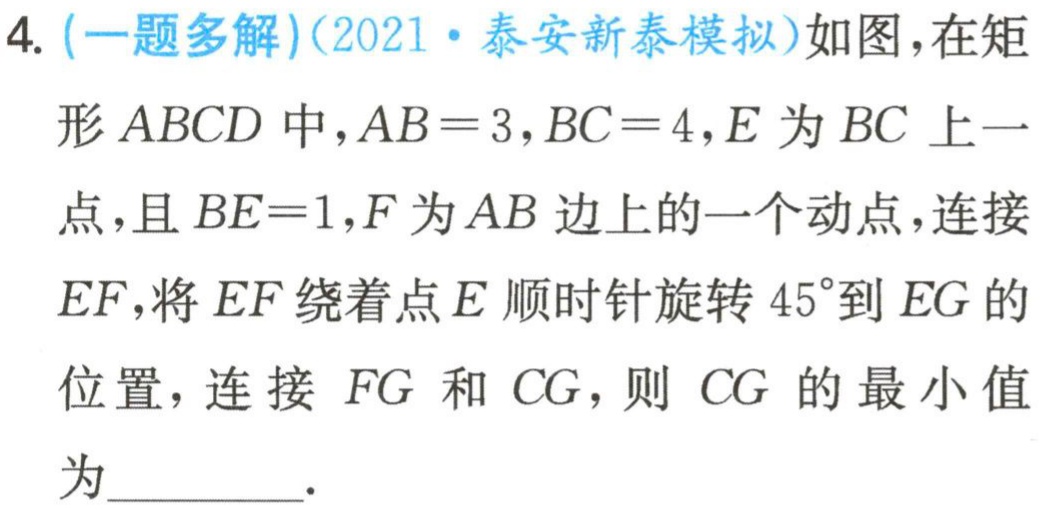
4. (一题多解)(2021·泰安新泰模拟)如图，在矩形\(ABCD\)中，\(AB = 3\)，\(BC = 4\)，\(E\)为\(BC\)上一点，且\(BE = 1\)，\(F\)为\(AB\)边上的一个动点，连接\(EF\)，将\(EF\)绕着点\(E\)顺时针旋转\(45^{\circ}\)到\(EG\)的位置，连接\(FG\)和\(CG\)，则\(CG\)的最小值为  ．